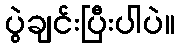
ပွဲချင်းပြီးပါပဲ။